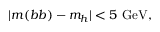
| m ( { b b } ) - m _ { h } | < 5 ~ \mathrm { { G e V } } ,